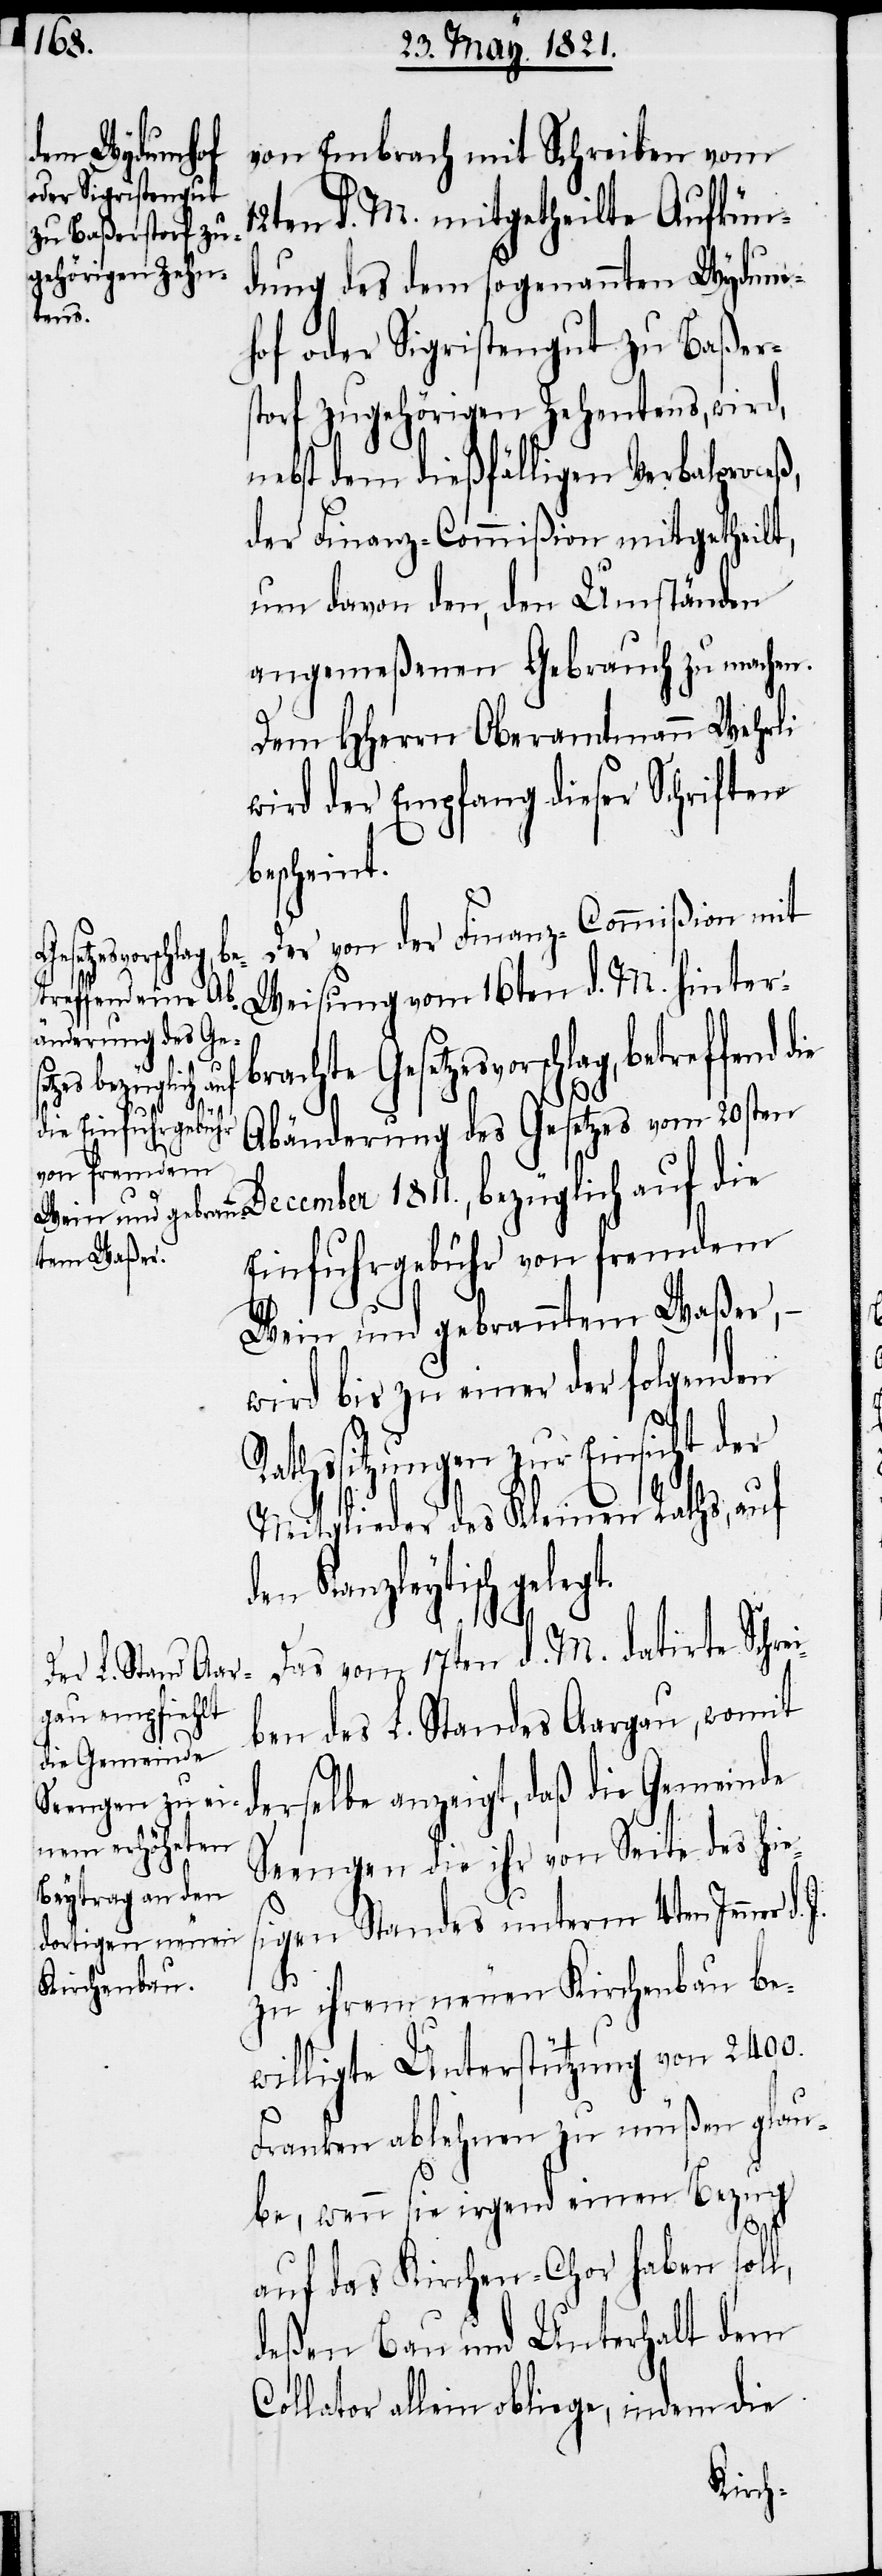
von Embrach mit Schreiben vom
12ten d. M. mitgetheilte Aufkün¬
gung des dem sogenannten Wydum¬
hof oder Sigristengut zu Baßers¬
torf zugehörigen Zehntens, wird,
nebst dem dießfälligen Verbalproceß,
der Finanz-Commißion mitgetheilt,
um davon den, den Umständen
angemeßenen Gebrauch zu machen.
Dem HHerrn Oberamtmann Wehrli
wird der Empfang dieser Schriften
bescheint.
Der von der Finanz-Commißion mit
brachte
Weisung vom 16ten d. M. hinter¬
Gesetzesvorschlag, betreffend
J.
Abänderung des Gesetzes vom 20sten
December 1811., bezüglich auf die
Einfuhrgebühr von fremdem
Wein und gebranntem Waßer, –
wird bis zu einer der folgenden
Rathssitzungen zur Einsicht der
Mitglieder des Kleinen Rathes, auf
en Kanzleytisch geleg¬
Das vom 17ten d. M. datirte Schrei¬
ben des L. Standes Aargau, womit
derselbe anzeigt, daß die Gemeinde
Seengen die ihr von Seite des hie¬
sigen Standes unterm 4ten Jenner d.
t.
zu ihrem neuen Kirchenbau be¬
willigte Unterstützung von 2400.
Franken ablehnen zu müßen glau¬
be, wenn sie irgend einen Bezug
auf das Kirchen-Chor haben soll,
deßen Bau und Unterhalt dem
Collator allein obliege, indem die